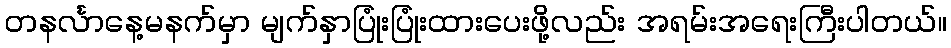
တနင်္လာနေ့မနက်မှာ မျက်နှာပြုံးပြုံးထားပေးဖို့လည်း အရမ်းအရေးကြီးပါတယ်။